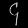
Digit: ၄